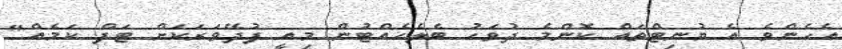
އެހެންވެ އެ ޔުނިޓްތައް ކޮންމެ ދުވަހު ބެލެހެއްޓުން މިއީ ފުދޭވަރަކަށް ޓަފް ކަމެއް"